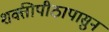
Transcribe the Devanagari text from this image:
शक्तीपीठापासुन